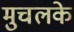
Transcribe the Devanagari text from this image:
मुचलके